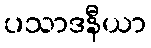
ပသာဒနီယာ